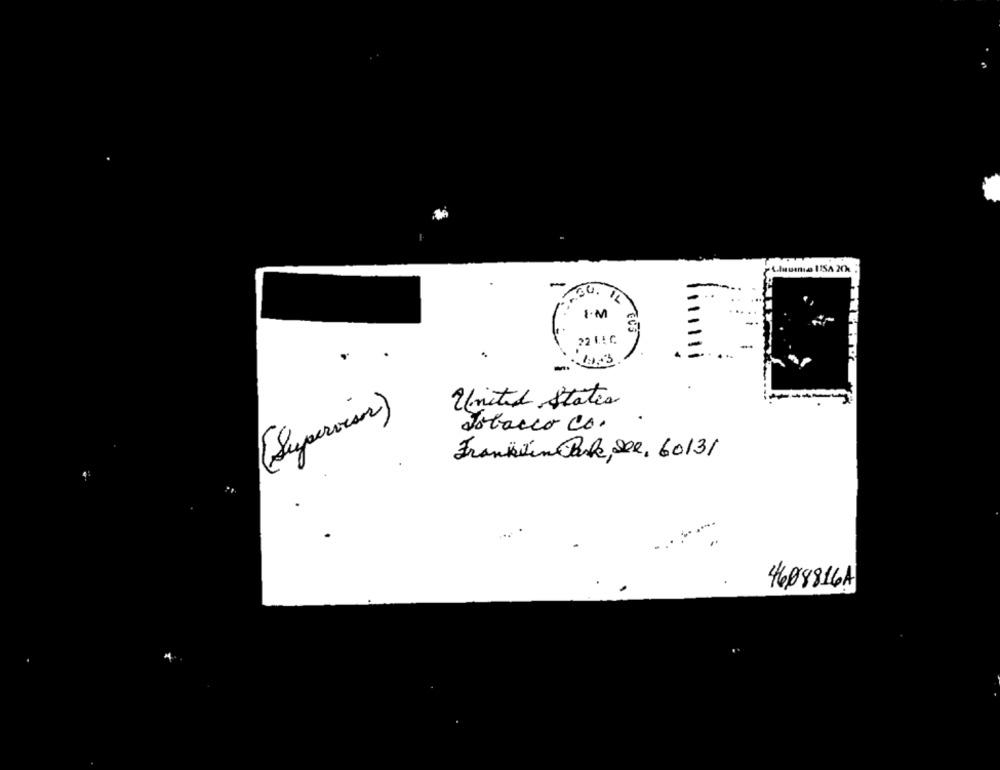
-
22 1.5 ℃
United States
(Supervisor)
Tobacco co.
30
Franklin Park, See, 60131
4608816A